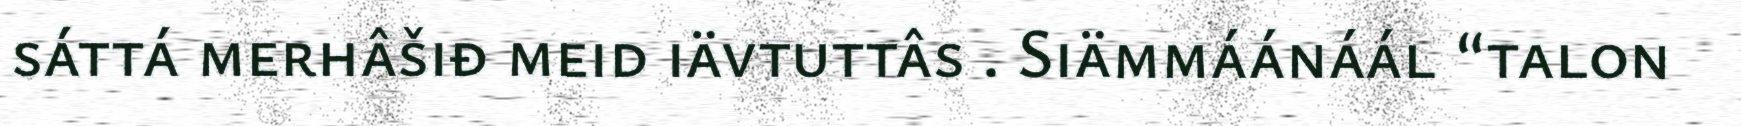
sáttá merhâšiđ meid iävtuttâs . Siämmáánáál “talon